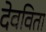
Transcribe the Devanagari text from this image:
देवविता